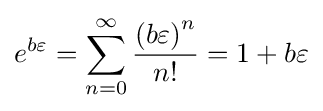
e^{b\varepsilon }=\sum _{n=0}^{\infty }{\frac {\left(b\varepsilon \right)^{n}}{n!}}=1+b\varepsilon